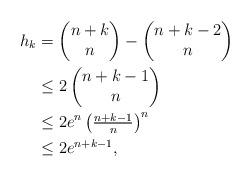
LaTeX: \begin{align*}h_k&=\begin{pmatrix}n+k\\n\end{pmatrix}-\begin{pmatrix}n+k-2\\n\end{pmatrix}\\ &\leq 2\begin{pmatrix}n+k-1\\n\end{pmatrix}\\ &\leq 2e^n\begin{pmatrix}{\frac {n+k-1}n}\end{pmatrix}^n\\ &\leq 2e^{n+k-1},\end{align*}